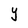
Character: Y